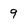
Character: 9